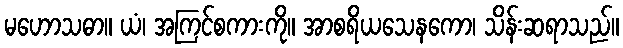
မဟောသဓာ။ ယံ၊ အကြင်စကားကို။ အာစရိယသေနကော၊ သိန်းဆရာသည်။